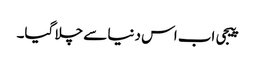
پیجی اب اس دنیا سے چلا گیا۔